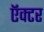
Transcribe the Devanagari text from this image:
ऍक्टर